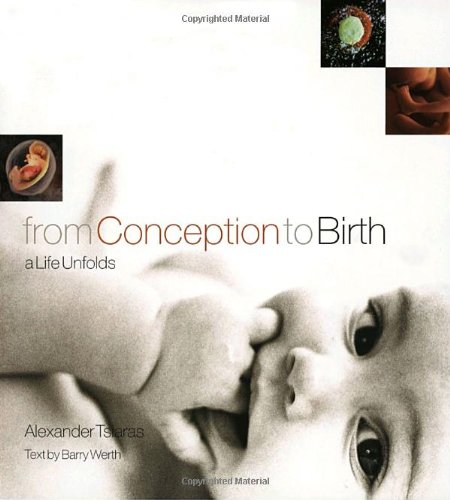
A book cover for From Conception to Birth: A Life Unfolds; Alexander Tsiaras; Medical Books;